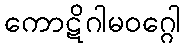
ကောဋိဂါမဝဂ္ဂေါ